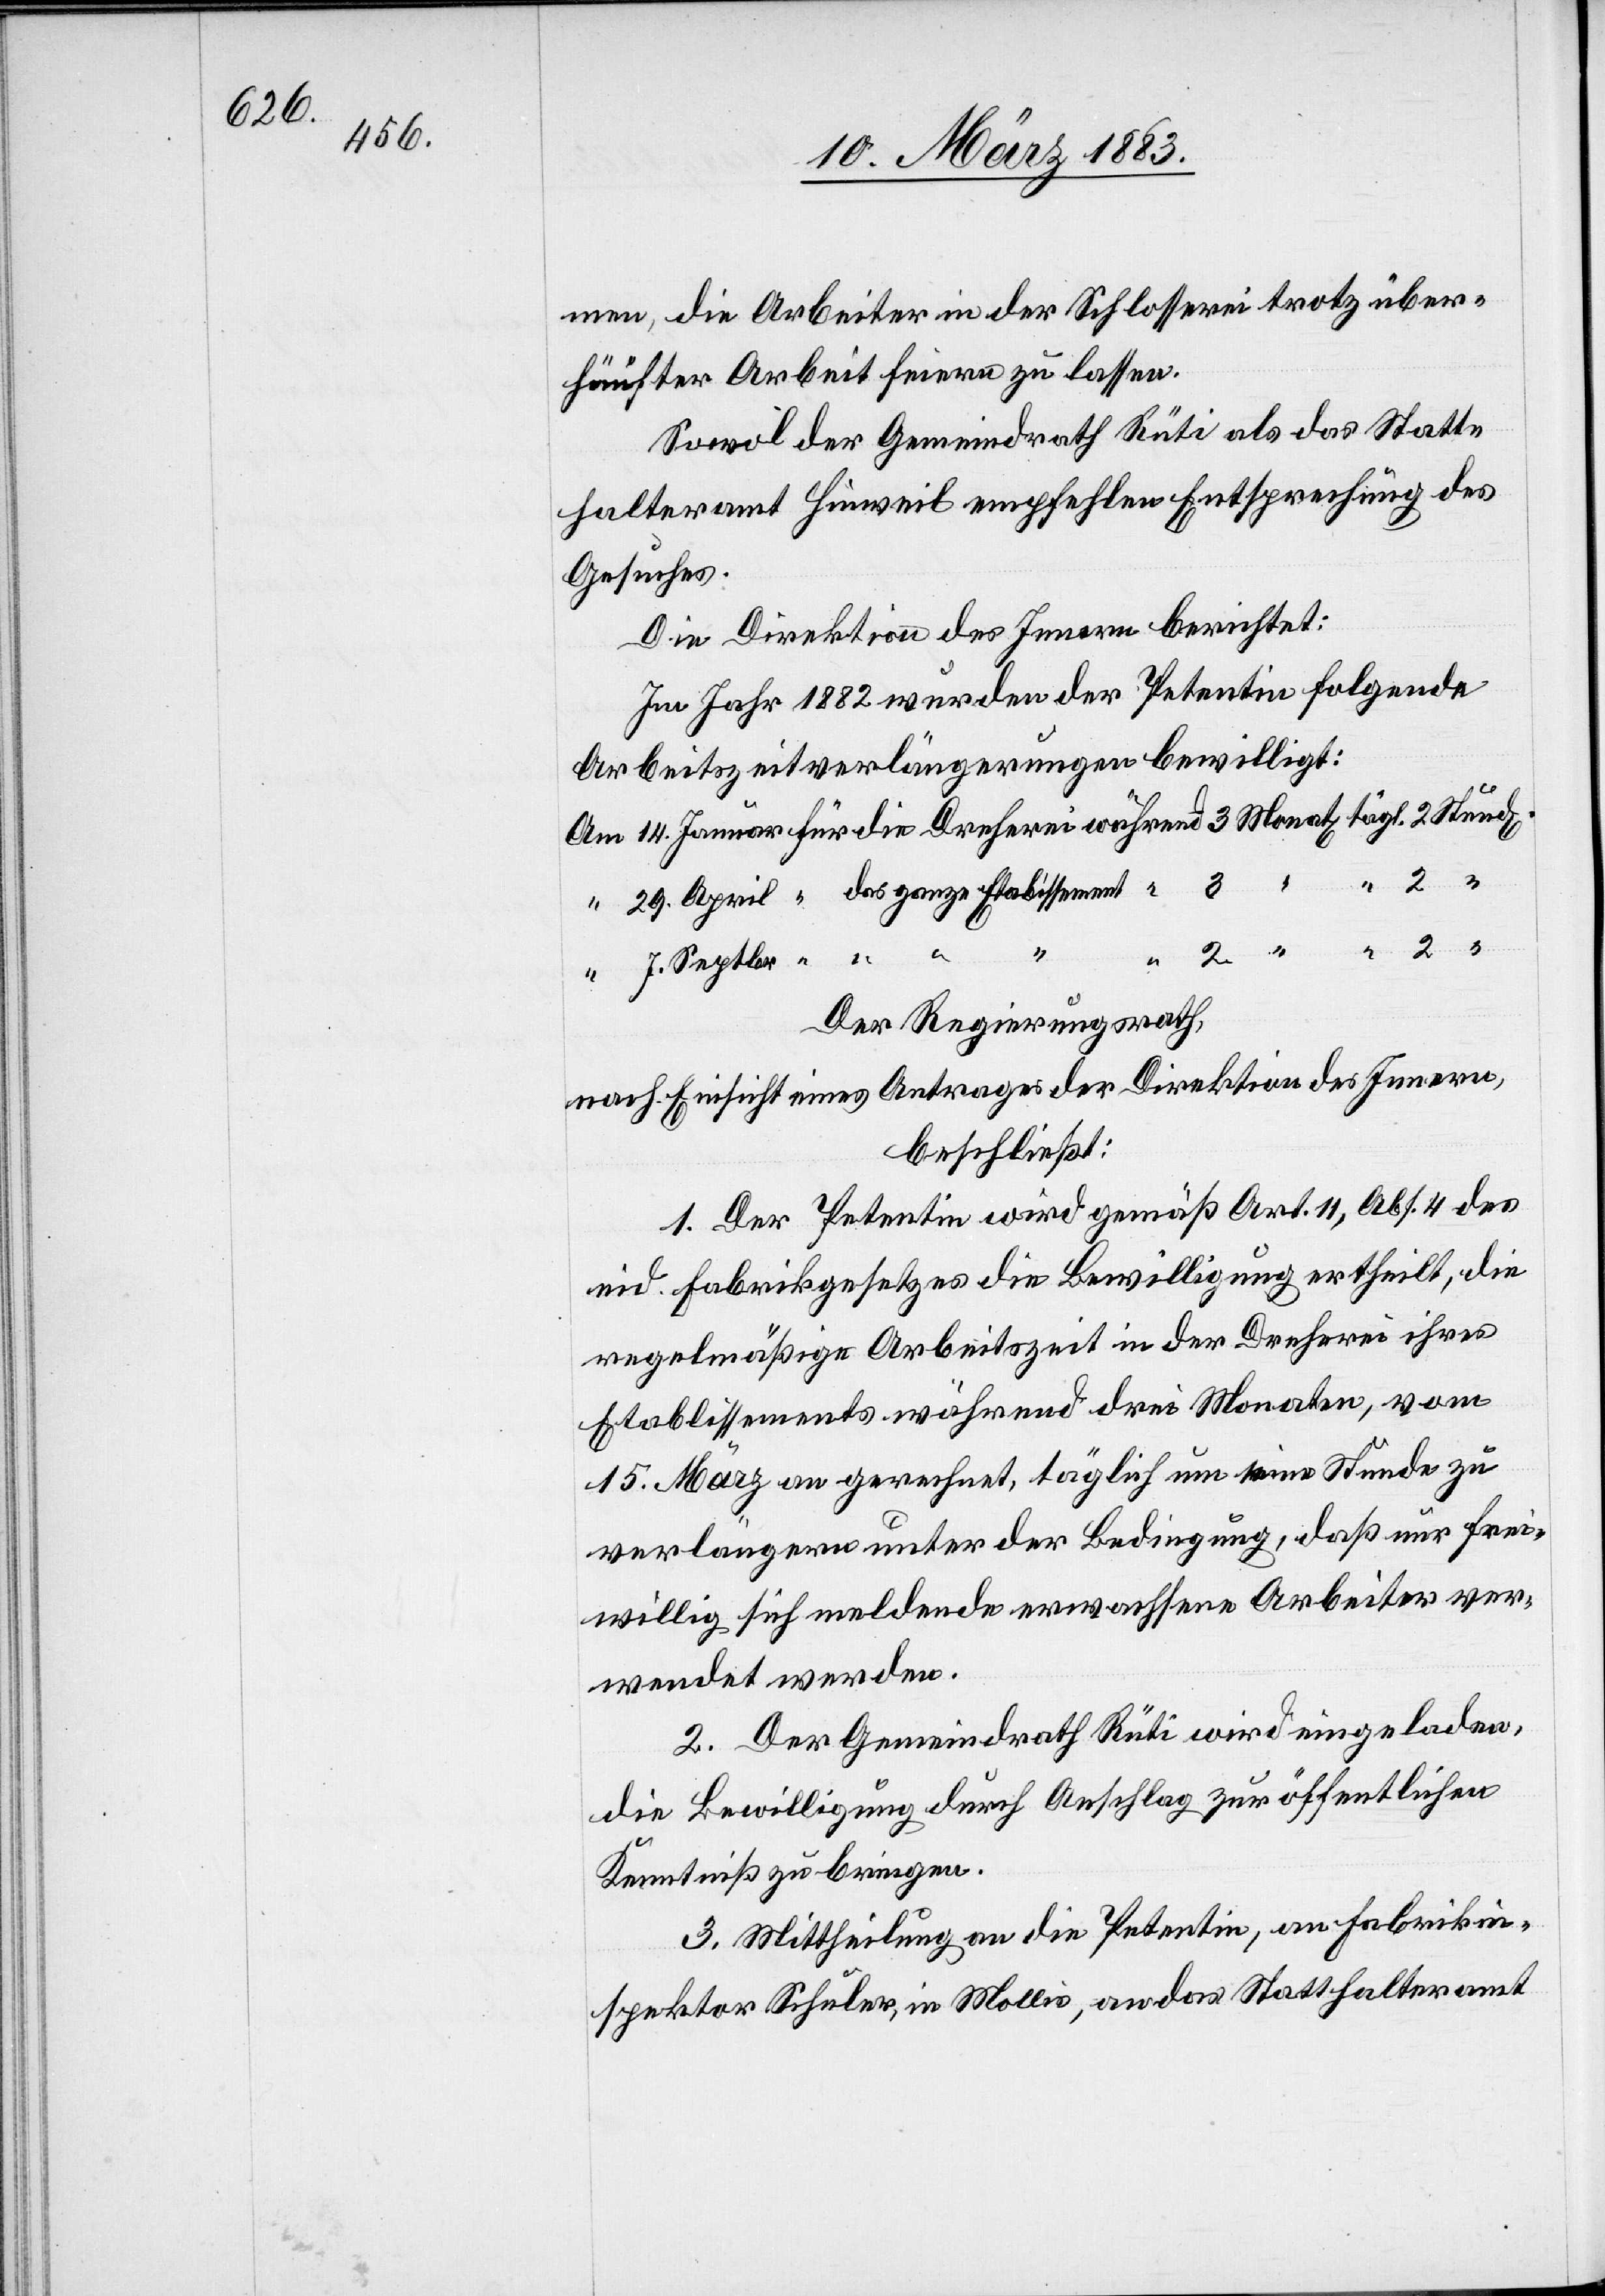
1862,

Gesuch des
23.
nach Einsicht eines Antrages der Direktion des Innern,
beschließt: